Report on vaccination in Madras 1904-1921 - 1904-1921
Year: 1904
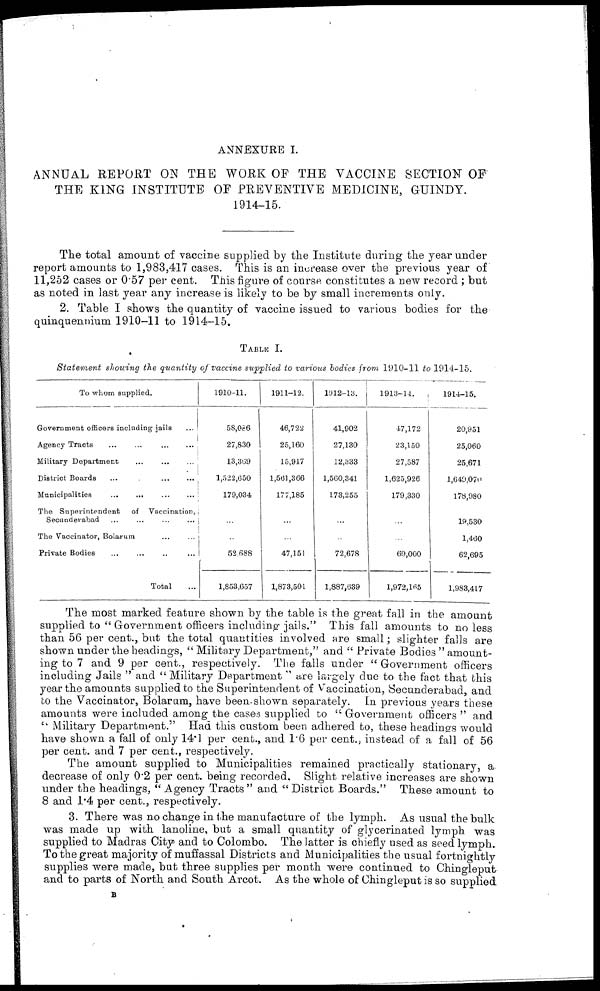
ANNEXURE I.
ANNUAL REPORT ON THE WORK OF THE VACCINE SECTION OF
THE KING INSTITUTE OF PREVENTIVE MEDICINE, GUINDY.
1914-15.
The total amount of vaccine supplied by the Institute during the year under
report amounts to 1,983,417 cases. This is an increase over the previous year of
11,252 cases or 0.57 per cent. This figure of course constitutes a new record ; but
as noted in last year any increase is likely to be by small increments only.
2. Table I shows the quantity of vaccine issued to various bodies for the
quinquennium 1910-11 to 1914-15.
TABLE I.
Statement showing the quantity of vaccine supplied to various bodies from 1910-11 to 1914-15.
To whom supplied.
Government officers including jails ...
Agency Tracts
...
...
...
Military Department
...
...
...
District Boards
...
...
...
...
Municipalities
...
...
...
...
The Superintendent
of Vaccination,
Secunderabad ... ... ... ...
The Vaccinator, Bolarum ... ...
Private Bodies ... ... ... ...
Total ...
1910-11.
58,086
27,830
13,369
1,522,650
179,034
...
..
52,688
1,853,657
1911-12.
46,722
25,160
15,917
1,561,366
177,185
...
...
47,151
1,873,501
1912-13.
41,902
27,130
12,333
1,560,341
173,255
...
...
72,678
1,887,639
1913-14.
47,172
23,150
27,587
1,625,926
179,330
...
...
69,000
1,972,165
1914-15.
20,951
25,060
25,671
1,649,070
178,980
19,530
1,460
62,695
1,983,417
The most marked feature shown by the table is the great fall in the amount
supplied to " Government officers including jails." This fall amounts to no less
than 56 per cent., but the total quantities involved are small; slighter falls are
shown under the headings, " Military Department," and " Private Bodies " amount-
ing to 7 and 9 per cent., respectively. The falls under " Government officers
including Jails " and " Military Department " are largely due to the fact that this
year the amounts supplied to the Superintendent of Vaccination, Secunderabad, and
to the Vaccinator, Bolarum, have been shown separately. In previous years these
amounts were included among the cases supplied to " Government officers " and
" Military Department." Had this custom been adhered to, these headings would
have shown a fall of only 14.1 per cent., and 1.6 per cent., instead of a fall of 56
per cent. and 7 per cent., respectively.
The amount supplied to Municipalities remained practically stationary, a
decrease of only 0.2 per cent. being recorded. Slight relative increases are shown
under the headings, "Agency Tracts" and "District Boards." These amount to
8 and 1.4 per cent., respectively.
3. There was no change in the manufacture of the lymph. As usual the bulk
was made up with lanoline, but a small quantity of glycerinated lymph was
supplied to Madras City and to Colombo. The latter is chiefly used as seed lymph.
To the great majority of muffassal Districts and Municipalities the usual fortnightly
supplies were made, but three supplies per month were continued to Chingleput
and to parts of North and South Arcot. As the whole of Chingleput is so supplied
B